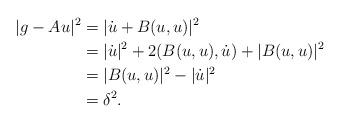
LaTeX: \begin{align*}|g-Au|^2&=|\dot{u}+B(u,u)|^2\\&=|\dot{u}|^2+2(B(u,u),\dot{u})+|B(u,u)|^2\\&=|B(u,u)|^2-|\dot{u}|^2\\&=\delta^2.\end{align*}